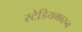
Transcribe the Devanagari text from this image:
स्टेडियमवरुन